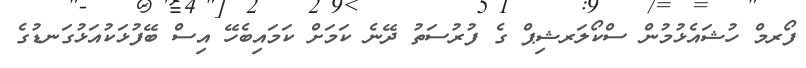
ފޯރމް ހުޝައެޅުމުން ސްކޯލަރޝިޕް ގެ ފުރުސަތު ދޭނެ ކަމަށް ކަމައިބެހޭ އިސް ބޭފުޅަކުއަޅުގަނޑުގެ